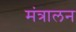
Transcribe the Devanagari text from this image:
मंत्रालन